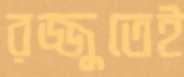
রজ্জুতেই